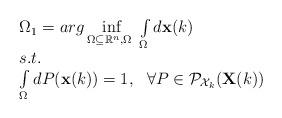
LaTeX: \begin{align*} \begin{array}{l}\Omega_1=arg\inf\limits_{\Omega \subseteq \mathbb{R}^n, \Omega~} \int\limits_{\Omega} d\mathbf{x}(k) \\s.t.\\\int\limits_{\Omega} dP(\mathbf{x}(k))=1, \ \ \forall P \in \mathcal{P}_{\mathcal{X}_k}(\mathbf{X}(k))\end{array} \end{align*}